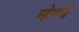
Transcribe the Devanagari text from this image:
म्हेणजे